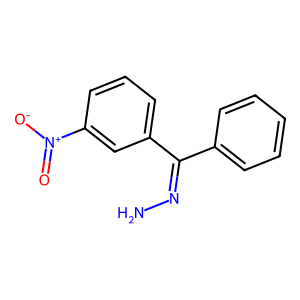
SMILES: NN=C(c1ccccc1)c1cccc([N+](=O)[O-])c1
Inhibits HIV replication: No